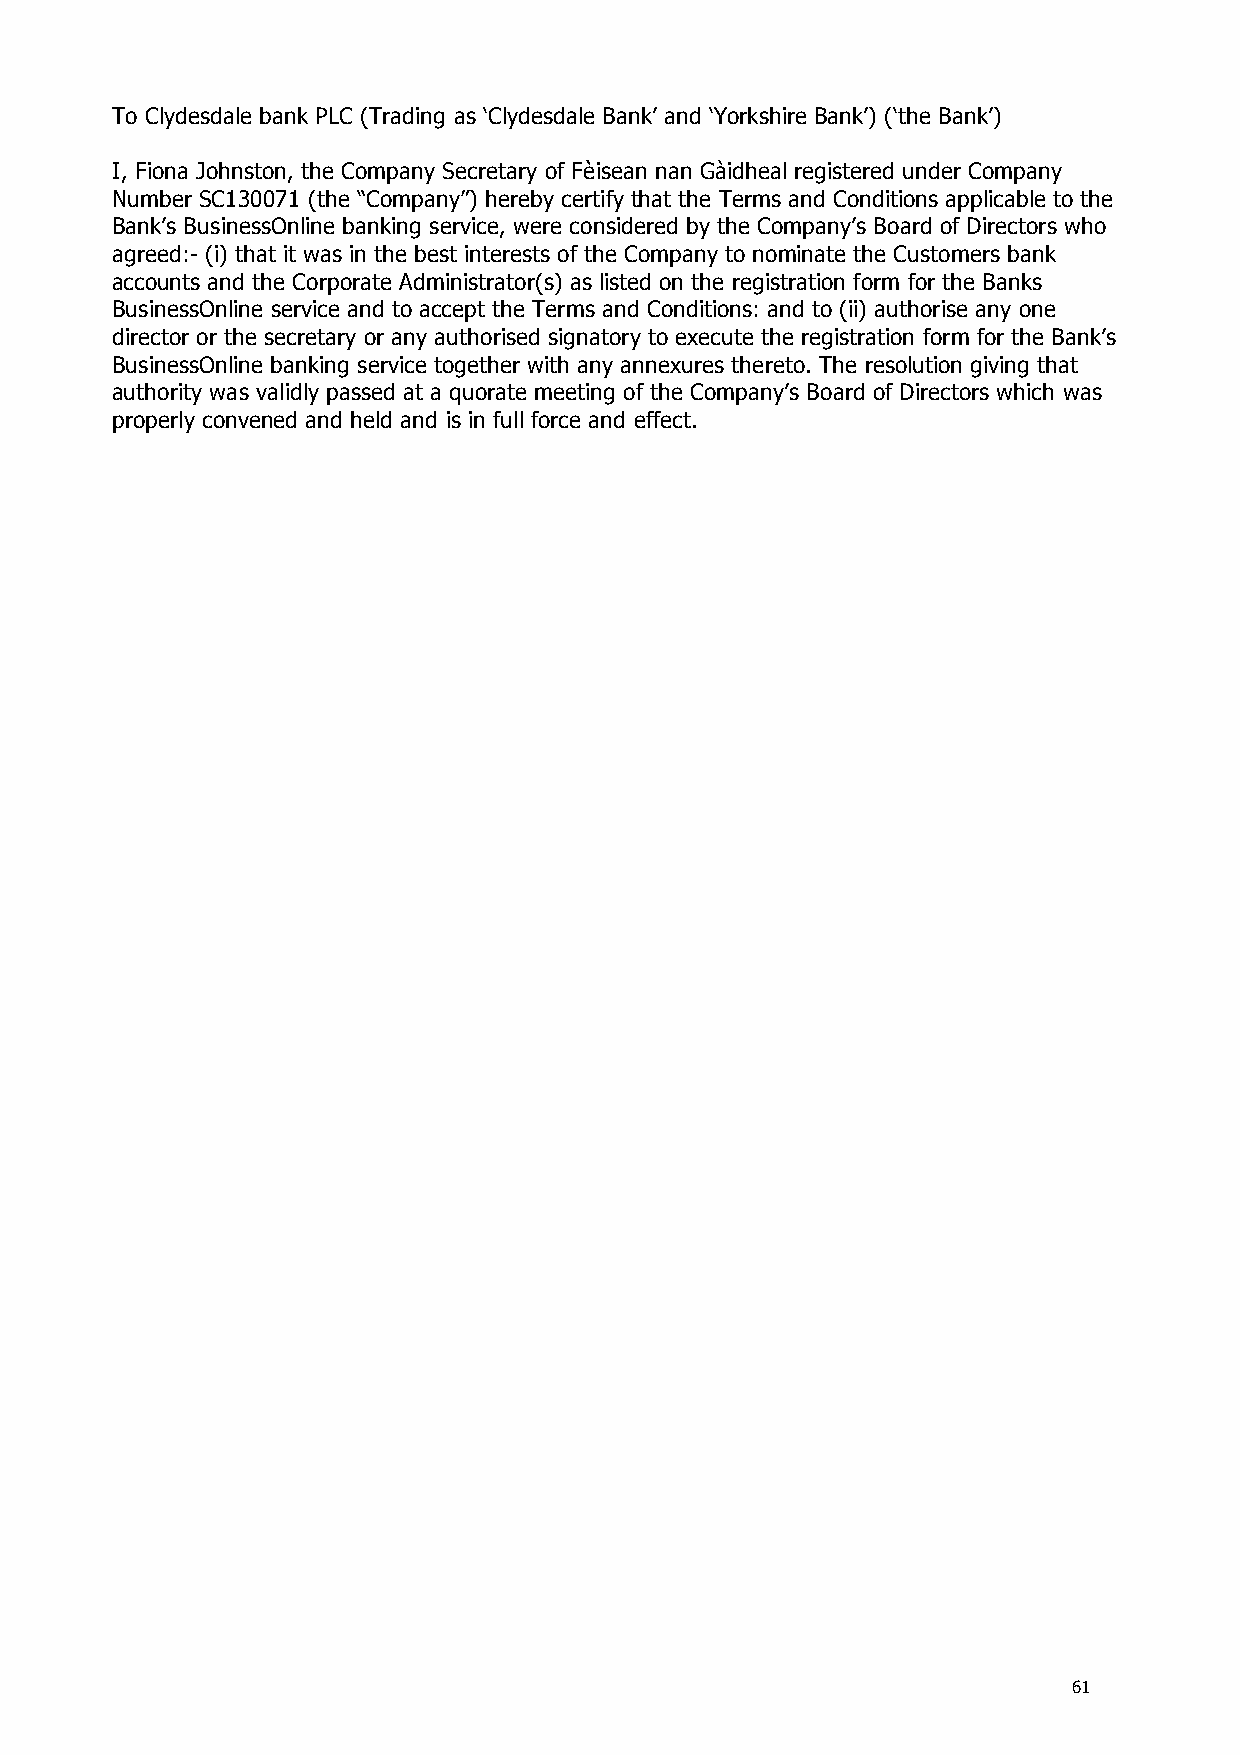
To Clydesdale bank PLC (Trading as ‘Clydesdale Bank’ and ‘Yorkshire Bank’) (‘the Bank’)
 I, Fiona Johnston, the Company Secretary of Fèisean nan Gàidheal registered under Company
 Number SC130071 (the “Company”) hereby certify that the Terms and Conditions applicable to the
 Bank’s BusinessOnline banking service, were considered by the Company’s Board of Directors who
 agreed:- (i) that it was in the best interests of the Company to nominate the Customers bank
 accounts and the Corporate Administrator(s) as listed on the registration form for the Banks
 BusinessOnline service and to accept the Terms and Conditions: and to (ii) authorise any one
 director or the secretary or any authorised signatory to execute the registration form for the Bank’s
 BusinessOnline banking service together with any annexures thereto. The resolution giving that
 authority was validly passed at a quorate meeting of the Company’s Board of Directors which was
 properly convened and held and is in full force and effect.
 61